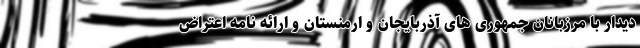
دیدار با مرزبانان جمهوری های آذربایجان و ارمنستان و ارائه نامه اعتراض